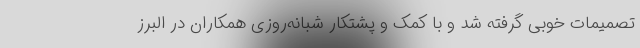
تصمیمات خوبی گرفته شد و با کمک و پشتکار شبانه‌روزی همکاران در البرز